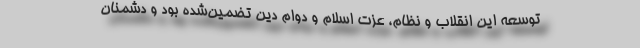
توسعه این انقلاب و نظام، عزت اسلام و دوام دین تضمین‌شده بود و دشمنان